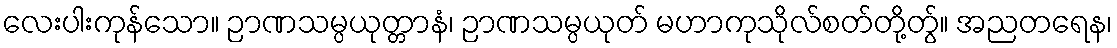
လေးပါးကုန်သော။ ဉာဏသမ္ပယုတ္တာနံ၊ ဉာဏသမ္ပယုတ် မဟာကုသိုလ်စတ်တို့တွ်။ အညတရေန၊